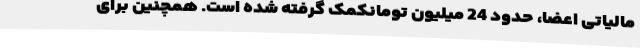
مالیاتی اعضا، حدود 24 میلیون تومانکمک گرفته شده است. همچنین برای